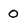
Character: 0